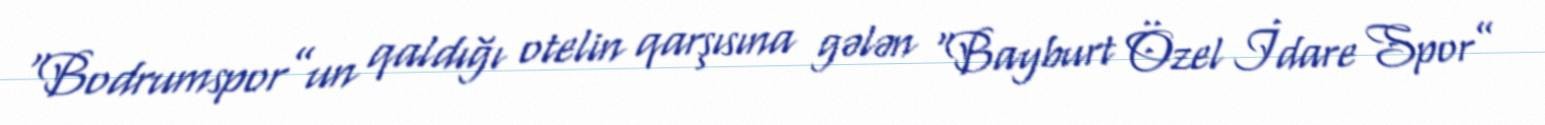
“Bodrumspor”un qaldığı otelin qarşısına gələn “Bayburt Özel İdare Spor”